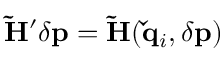
\mathbf { \tilde { H } } ^ { \prime } \delta \mathbf { p } = \mathbf { \tilde { H } } ( \mathbf { \check { q } } _ { i } , \delta \mathbf { p } )